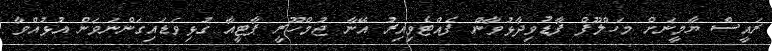
ރައީސް ޔާމީނަށް މަހްލޫފް ފާޑުވިދާޅުވާން ފެއްޓެވިއިރު އޭނާ ޖުމްހޫރީ ޕާޓީއާ ގުޅިވަޑައިގަންނަވަން އުޅުއްވާ